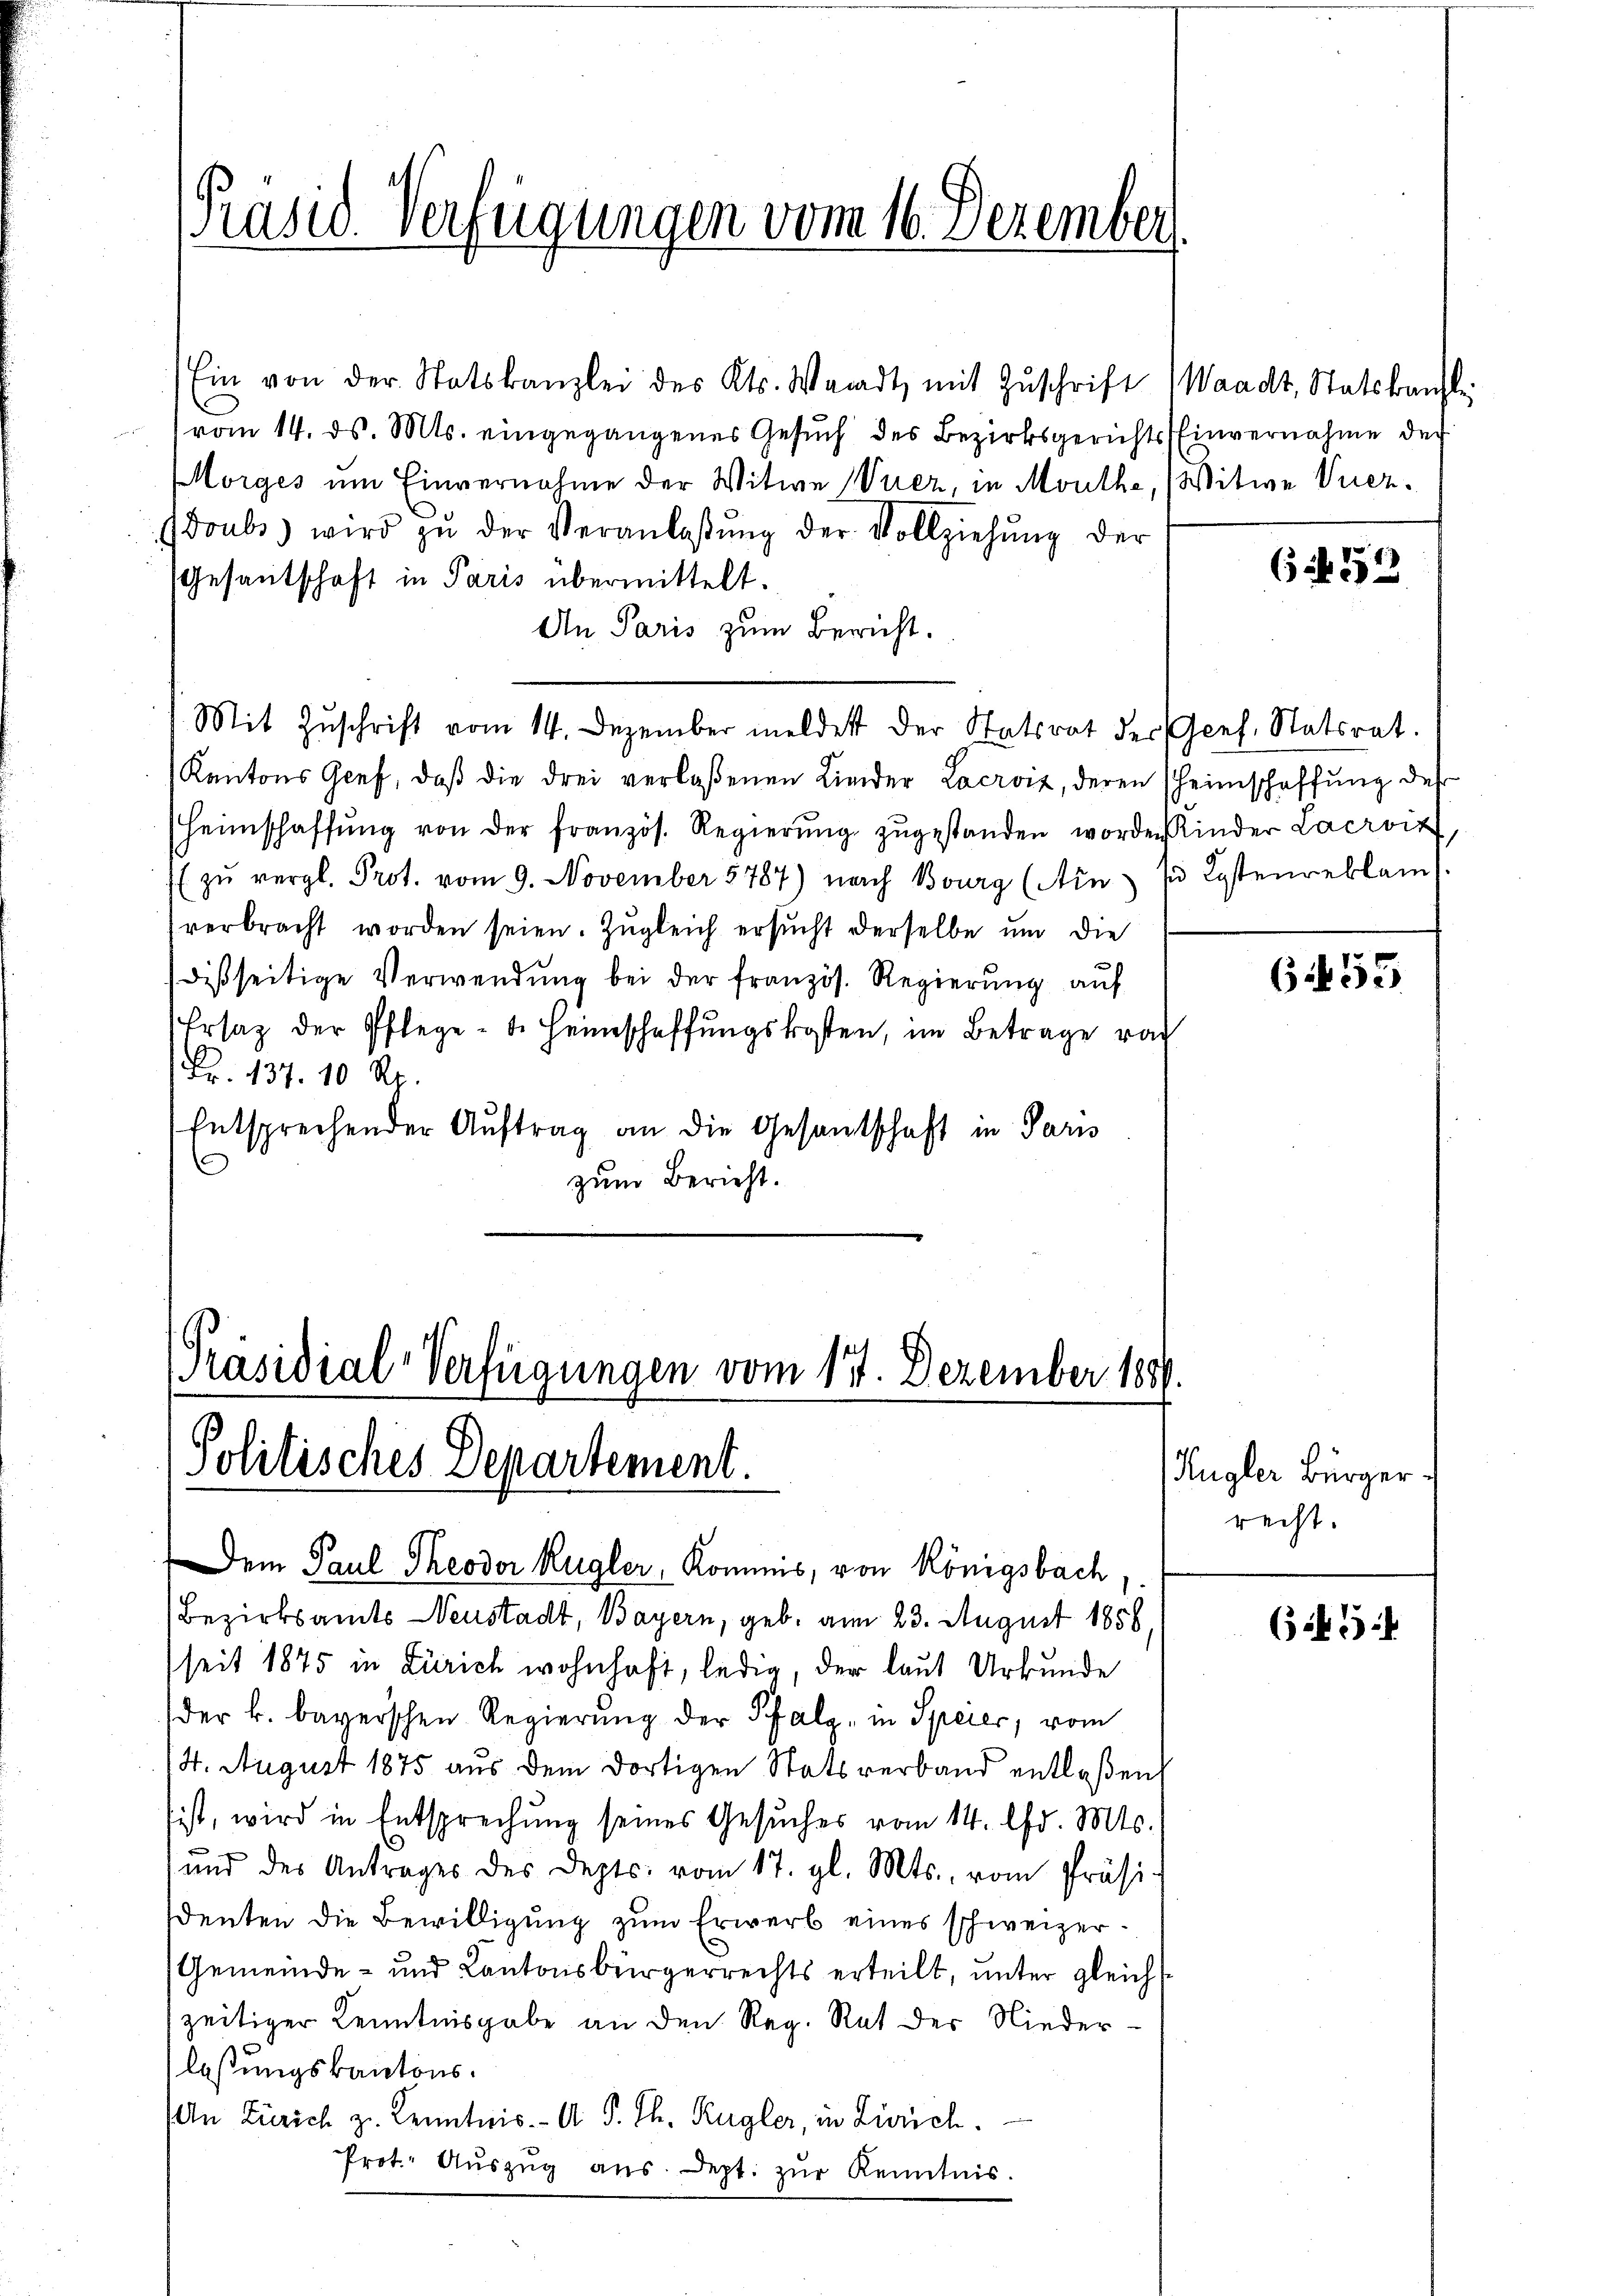
Präsid. Verfügungen vom 16. Dezember

Ein von der Statskanzlei des Kts. Waadt, mit Zŭschrift Waadt, Statskanzle
vom 14. ds. Mts. eingegangenes Gesŭch des Bezirksgerichts Einvernahme der
Morges um Einvernahme der Witwe Vier, in Mouthe, Witwe Vierdoubs wird zŭ der Veranlaβŭng der Vollziehŭng der
Gesantschaft in Paris übermittelt.
An Paris zum Bericht.
Kantons Graf, daß die drei verlaßenen Lieder Lacroix, deren Scheinschaffung des
Heimschaffŭng von der französ. Regierŭng zŭgestanden worden Kinder Lacroit
 zŭ vergl. Prot. vom 9. November 1787) nach Bourg (Ain) in Kostenreklam
verbracht worden seien. Zugleich ersucht derselbe um die
disseitige Verwendŭng bei der französ. Regierŭng auf
Ersatz der Pflege - u. Heimschaffungskosten, im Betrage vo
Fr. 137. 10 Rp.
Entsprechender Auftrag an die Gesantschaft in Paris
zum Bericht.

Mit Zŭschrift vom 14. Dezember meldest der Statsrat der Gees. Statsrat.

[Präsidial-Verfügungen vom 17. Dezember 188
Politisches Departement.

Dem Paul Theodor Kugler, Kommis, von Königsbach
Bezirksamts Neustadt, Bayern, geb. am 23. August 1858.
seit 1875 in Zürich wohnhaft, ledig, der laut Urkunde
der k. bayerschen Regierŭng der Pfalz, in Speier, vom
14. August 1875 aus dem dortigen Statsverband entlaßen,
sist, wird in Entsprechung seines Gesŭches vom 14. Chr. Mts.
ŭnd des Antrages des Depts. vom 17. gl. Mts. vom Präsi-
denten die Bewilligung zum Erwerb eines schweizer¬
Gemeinde- und Kantonsbürgerrechts erteilt, unter gleichszeitiger Kenntnisgabe an den Reg. Rat der Niederlaßungskantons¬
An Zürich zu Kenntnis. A. P. Th. Kugler, in Zürich.
Prot. Aŭszŭg aŭs. Sept. zŭr Kenntnis.

653

6455.

ugler Bürgerrecht.

645